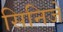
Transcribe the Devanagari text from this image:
सिनिजे